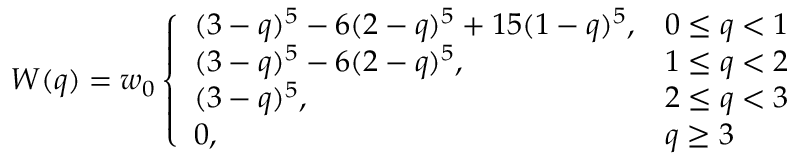
W ( q ) = w _ { 0 } \left\{ \begin{array} { l l } { ( 3 - q ) ^ { 5 } - 6 ( 2 - q ) ^ { 5 } + 1 5 ( 1 - q ) ^ { 5 } , } & { 0 \le q < 1 } \\ { ( 3 - q ) ^ { 5 } - 6 ( 2 - q ) ^ { 5 } , } & { 1 \le q < 2 } \\ { ( 3 - q ) ^ { 5 } , } & { 2 \le q < 3 } \\ { 0 , } & { q \ge 3 } \end{array} \right.